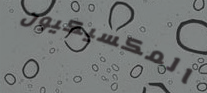
المكسيكيون